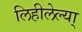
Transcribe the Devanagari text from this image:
लिहीलेल्या्